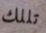
تللك